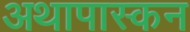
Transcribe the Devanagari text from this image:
अथापास्कन